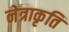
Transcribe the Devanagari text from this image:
नेत्राकृति